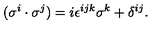
( \sigma ^ { i } \cdot \sigma ^ { j } ) = i \epsilon ^ { i j k } \sigma ^ { k } + \delta ^ { i j } .